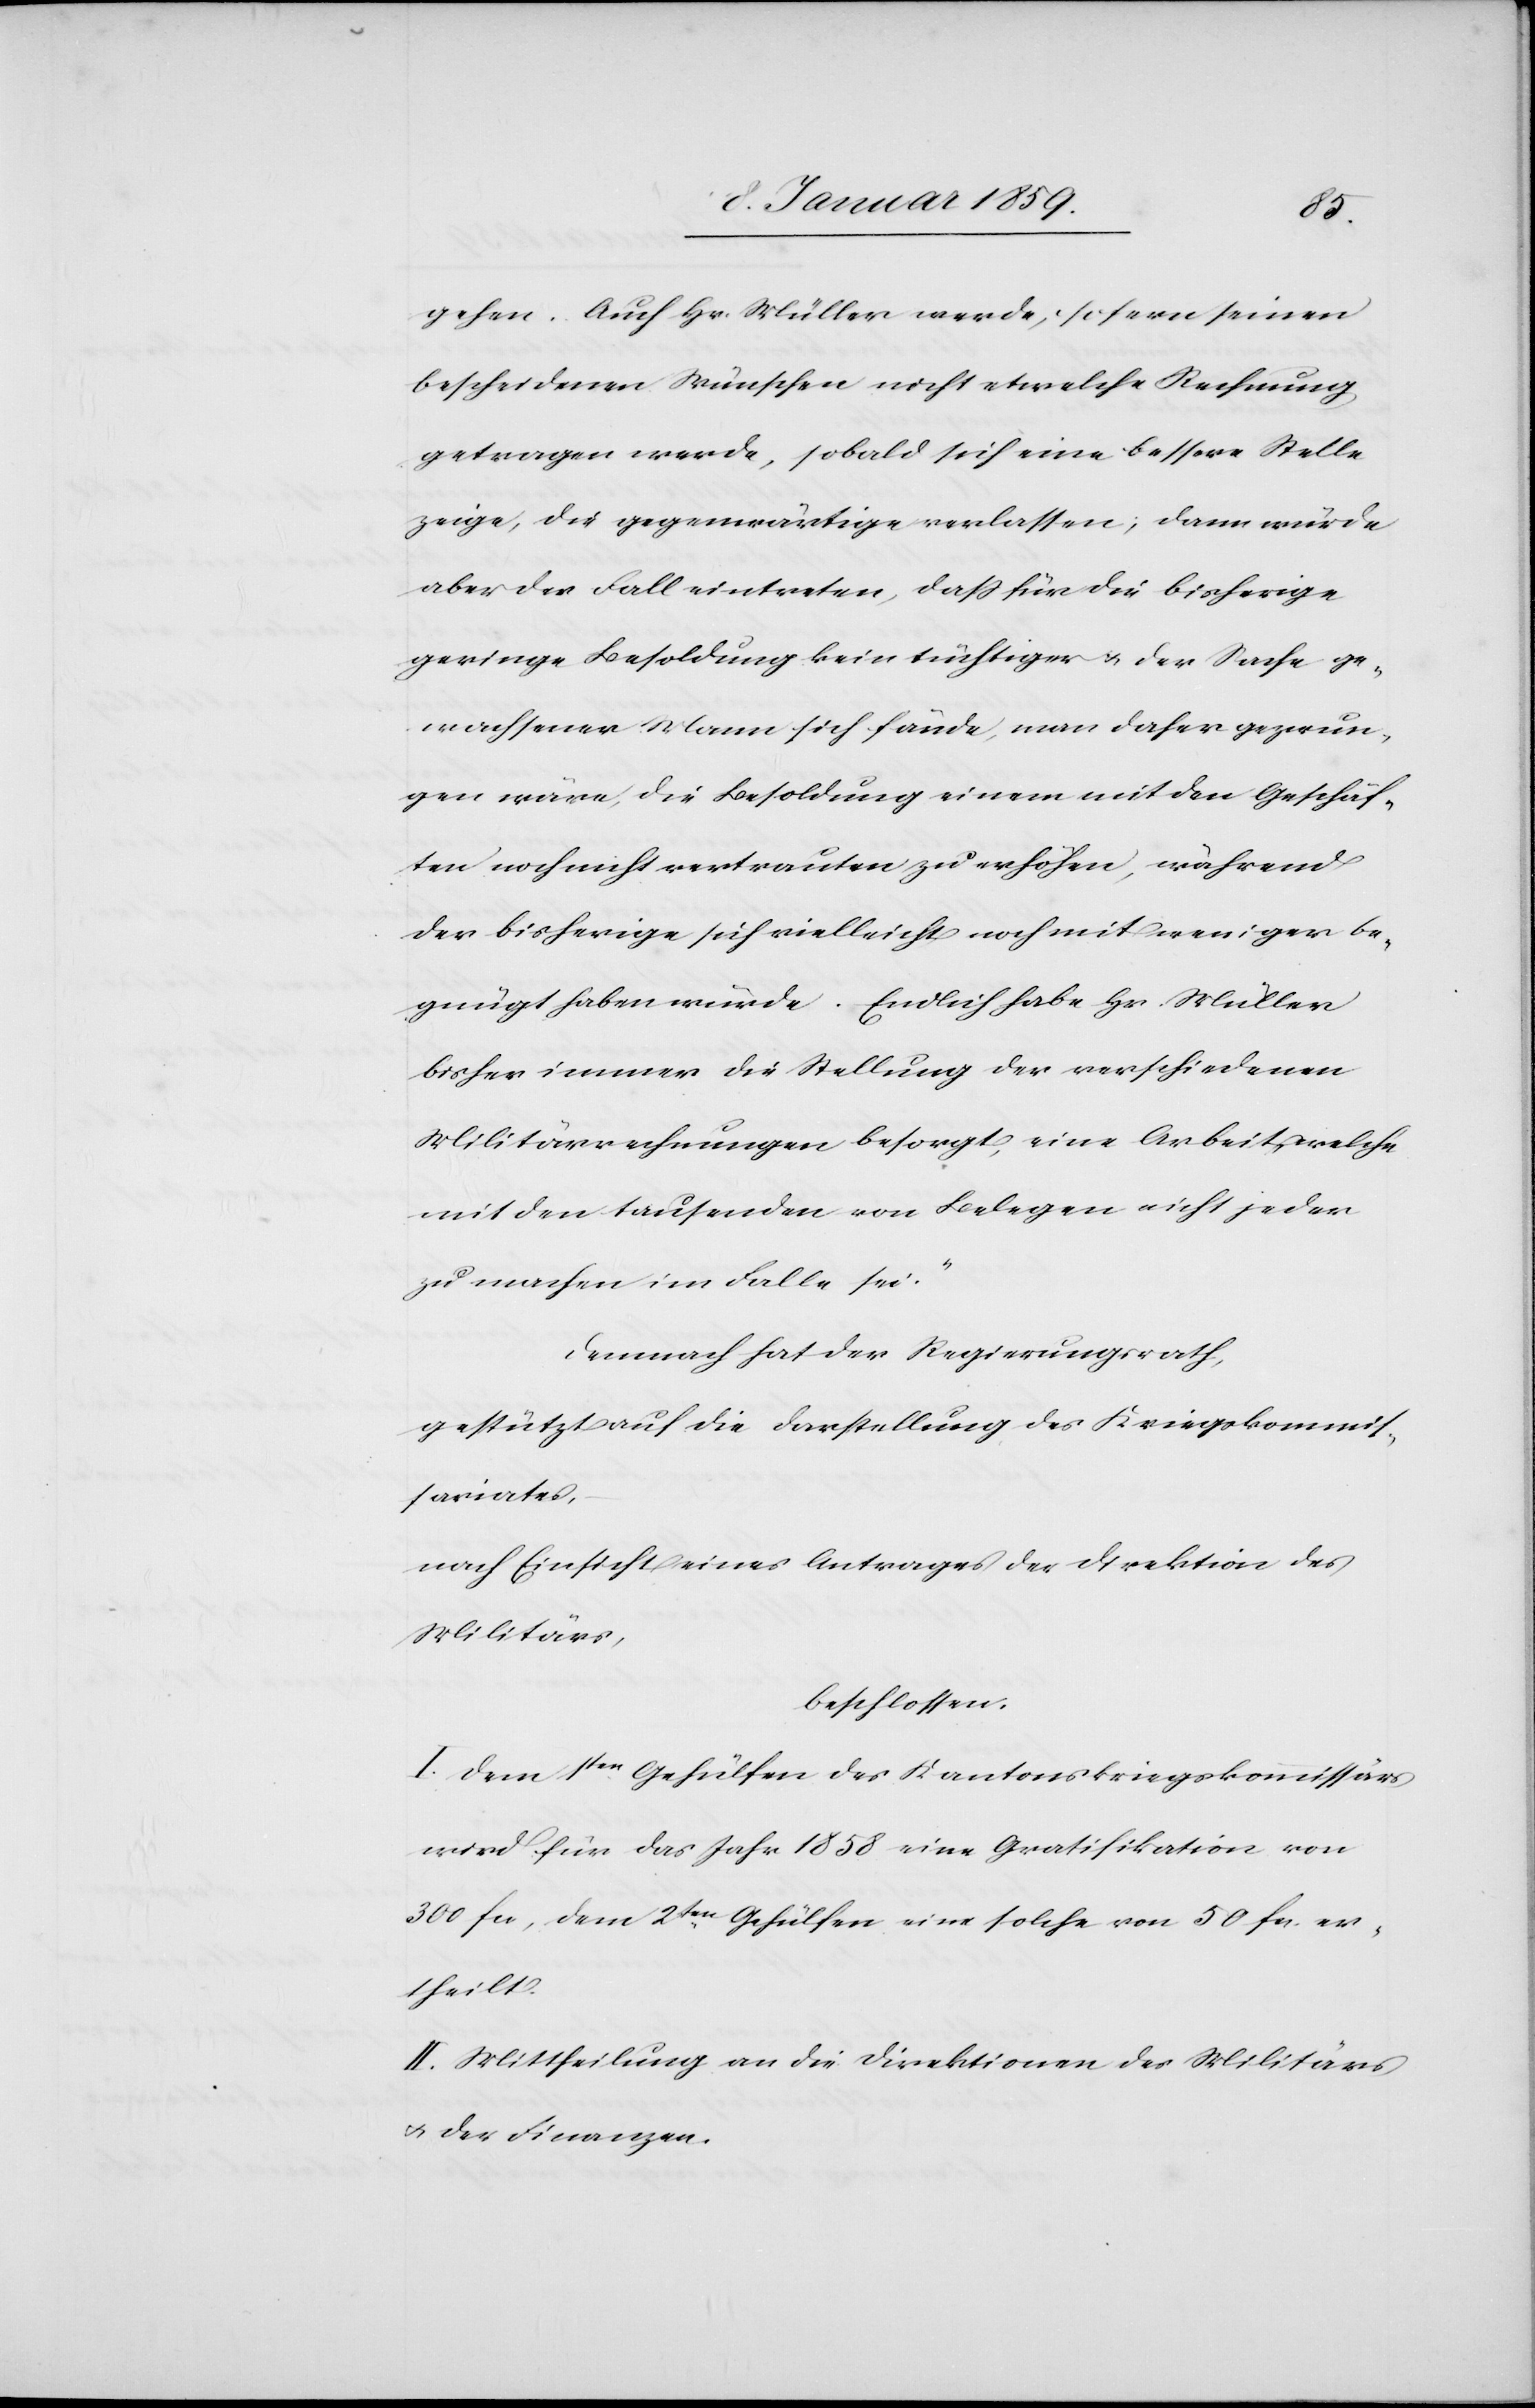
gehen. Auch Hr. Müller werde, sofern seinen
bescheidenen Wünschen nicht etwelche Rechnung
getragen werde, sobald sich eine bessere Stelle
zeige, die gegenwärtige verlassen; dann würde
aber der Fall eintreten, daß für die bisherige
geringe Besoldung kein tüchtiger u. der Sache ge¬
wachsener Mann sich fände, man daher gezwun¬
gen wäre, die Besoldung einem mit den Geschäf¬
ten noch nicht vertrauten zu erhöhen, während
der bisherige sich vielleicht noch mit weniger be¬
gnügt haben würde. Endlich habe Hr. Müller
bisher immer die Stellung der verschiedenen
Militärrechnungen besorgt, eine Arbeit, welche
mit den tausenden von Belegen nicht jeder
zu machen im Falle sei."
Demnach hat der Regierungsrath,
gestützt auf die Darstellung des Kriegskommis¬
sariates,
nach Einsicht eines Antrages der Direktion des
Militärs,
beschlossen:
I. Dem 1ten Gehülfen des Kantonskriegskommissärs
wird für das Jahr 1858 eine Gratifikation von
300 fcs, dem 2ten Gehülfen eine solche von 50 fcs. er¬
theilt.
II. Mittheilung an die Direktion des Militärs
u. der Finanzen.